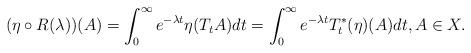
LaTeX: \begin{align*} (\eta \circ R(\lambda))(A) = \int_0^{\infty}e^{-\lambda t} \eta (T_tA) dt = \int_0^{\infty}e^{-\lambda t} T_t^*(\eta)(A) dt, A \in X.\end{align*}